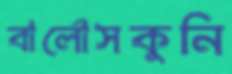
বার্লোসকুনি